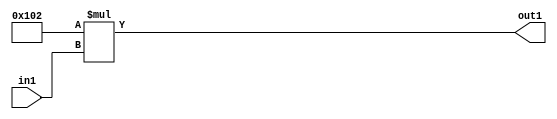
`timescale 1ps / 1ps
/*****************************************************************************
    Verilog RTL Description
    
    
    Created by: Stratus DpOpt 2019.1.01 
*******************************************************************************/

module DC_Filter_Mul_12U_3_4 (
	in1,
	out1
	); /* architecture "behavioural" */ 
input [3:0] in1;
output [11:0] out1;
wire [11:0] asc001;

assign asc001 = 
	+(12'B000100000010 * in1);

assign out1 = asc001;
endmodule

/* CADENCE  ubDwQwk= : u9/ySgnWtBlWxVPRXgAZ4Og= ** DO NOT EDIT THIS LINE ******/